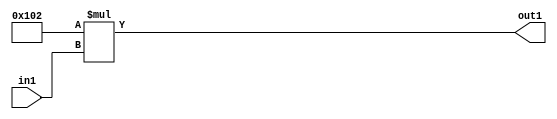
`timescale 1ps / 1ps
/*****************************************************************************
    Verilog RTL Description
    
    
    Created by: Stratus DpOpt 2019.1.01 
*******************************************************************************/

module DC_Filter_Mul_12U_3_4 (
	in1,
	out1
	); /* architecture "behavioural" */ 
input [3:0] in1;
output [11:0] out1;
wire [11:0] asc001;

assign asc001 = 
	+(12'B000100000010 * in1);

assign out1 = asc001;
endmodule

/* CADENCE  ubDwQwk= : u9/ySgnWtBlWxVPRXgAZ4Og= ** DO NOT EDIT THIS LINE ******/